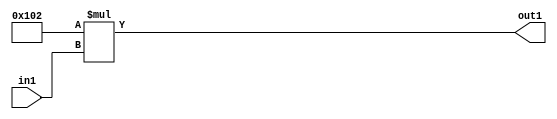
`timescale 1ps / 1ps
/*****************************************************************************
    Verilog RTL Description
    
    
    Created by: Stratus DpOpt 2019.1.01 
*******************************************************************************/

module DC_Filter_Mul_12U_3_4 (
	in1,
	out1
	); /* architecture "behavioural" */ 
input [3:0] in1;
output [11:0] out1;
wire [11:0] asc001;

assign asc001 = 
	+(12'B000100000010 * in1);

assign out1 = asc001;
endmodule

/* CADENCE  ubDwQwk= : u9/ySgnWtBlWxVPRXgAZ4Og= ** DO NOT EDIT THIS LINE ******/